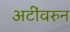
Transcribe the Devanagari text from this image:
अटींवरुन